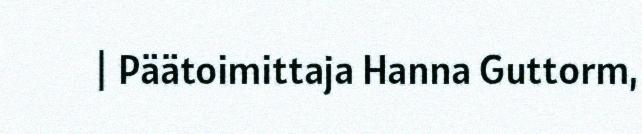
| Päätoimittaja Hanna Guttorm,